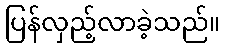
ပြန်လှည့်လာခဲ့သည်။